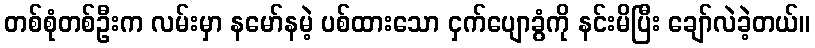
တစ်စုံတစ်ဦးက လမ်းမှာ နမော်နမဲ့ ပစ်ထားသော ငှက်ပျောခွံကို နင်းမိပြီး ချော်လဲခဲ့တယ်။